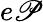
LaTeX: e\mathscr{P}